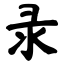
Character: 录